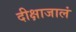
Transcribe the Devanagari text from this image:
दीक्षाजालं